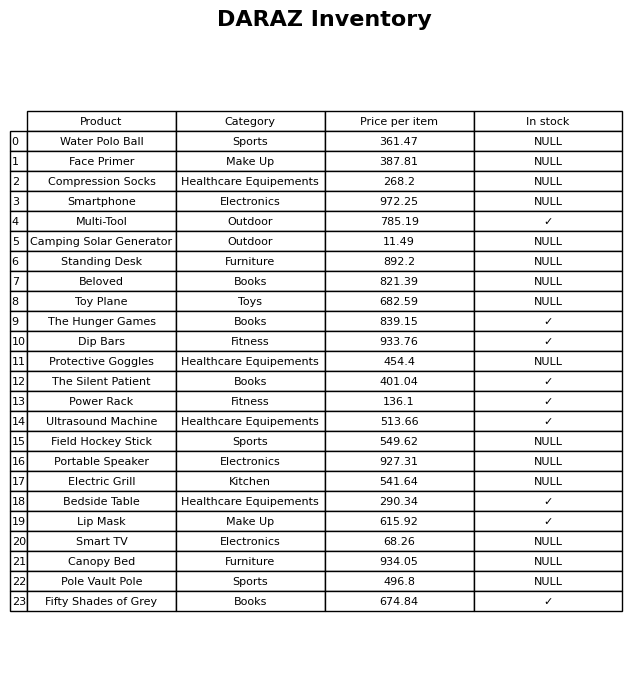
question: Is the Face Primer in stock?
answer: NULL